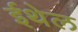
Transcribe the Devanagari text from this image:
ईथेल